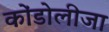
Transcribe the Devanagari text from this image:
कोंडोलीजा